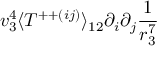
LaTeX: v _ { 3 } ^ { 4 } \langle T ^ { + + ( i j ) } \rangle _ { 1 2 } \partial _ { i } \partial _ { j } \frac { 1 } { r _ { 3 } ^ { 7 } }